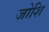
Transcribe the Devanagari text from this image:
जोशि